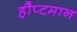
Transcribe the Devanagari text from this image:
हौप्टमान